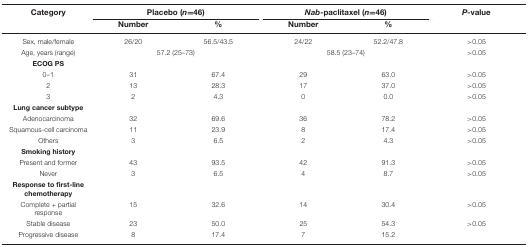
| Category | <COLSPAN=2> Placebo (n=46) | <COLSPAN=2> Nab-paclitaxel (n=46) | P-value |
 |  | Number | % | Number | % |  |
 | --- | --- | --- | --- | --- | --- |
 | Sex, male/female | 26/20 | 56.5/43.5 | 24/22 | 52.2/47.8 | >0.05 |
 | Age, years (range) | <COLSPAN=2> 57.2 (25–73) | <COLSPAN=2> 58.5 (23–74) | >0.05 |
 | ECOG PS |  |  |  |  |  |
 | 0–1 | 31 | 67.4 | 29 | 63.0 | >0.05 |
 | 2 | 13 | 28.3 | 17 | 37.0 | >0.05 |
 | 3 | 2 | 4.3 | 0 | 0.0 | >0.05 |
 | Lung cancer subtype |  |  |  |  |  |
 | Adenocarcinoma | 32 | 69.6 | 36 | 78.2 | >0.05 |
 | Squamous-cell carcinoma | 11 | 23.9 | 8 | 17.4 | >0.05 |
 | Others | 3 | 6.5 | 2 | 4.3 | >0.05 |
 | Smoking history |  |  |  |  |  |
 | Present and former | 43 | 93.5 | 42 | 91.3 | >0.05 |
 | Never | 3 | 6.5 | 4 | 8.7 | >0.05 |
 | Response to first-line chemotherapy |  |  |  |  |  |
 | Complete + partial response | 15 | 32.6 | 14 | 30.4 | >0.05 |
 | Stable disease | 23 | 50.0 | 25 | 54.3 | >0.05 |
 | Progressive disease | 8 | 17.4 | 7 | 15.2 |  |